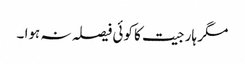
مگر ہار جیت کا کوئی فیصلہ نہ ہوا ۔